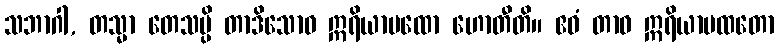
သဘာဂါ, တသ္မာ တေသမ္ပိ တာဒိသောဝ ဣရိယာပထော ဟောတီတိ။ ဧဝံ တာဝ ဣရိယာပထတော